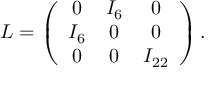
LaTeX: L = \left( \begin{array} { c c c } { { 0 } } & { { I _ { 6 } } } & { { 0 } } \\ { { I _ { 6 } } } & { { 0 } } & { { 0 } } \\ { { 0 } } & { { 0 } } & { { I _ { 2 2 } } } \end{array} \right) .